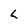
Character: L